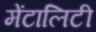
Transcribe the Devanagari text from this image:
मेंटालिटी